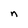
Character: n